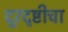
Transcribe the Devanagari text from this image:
दूरदृष्टीचा